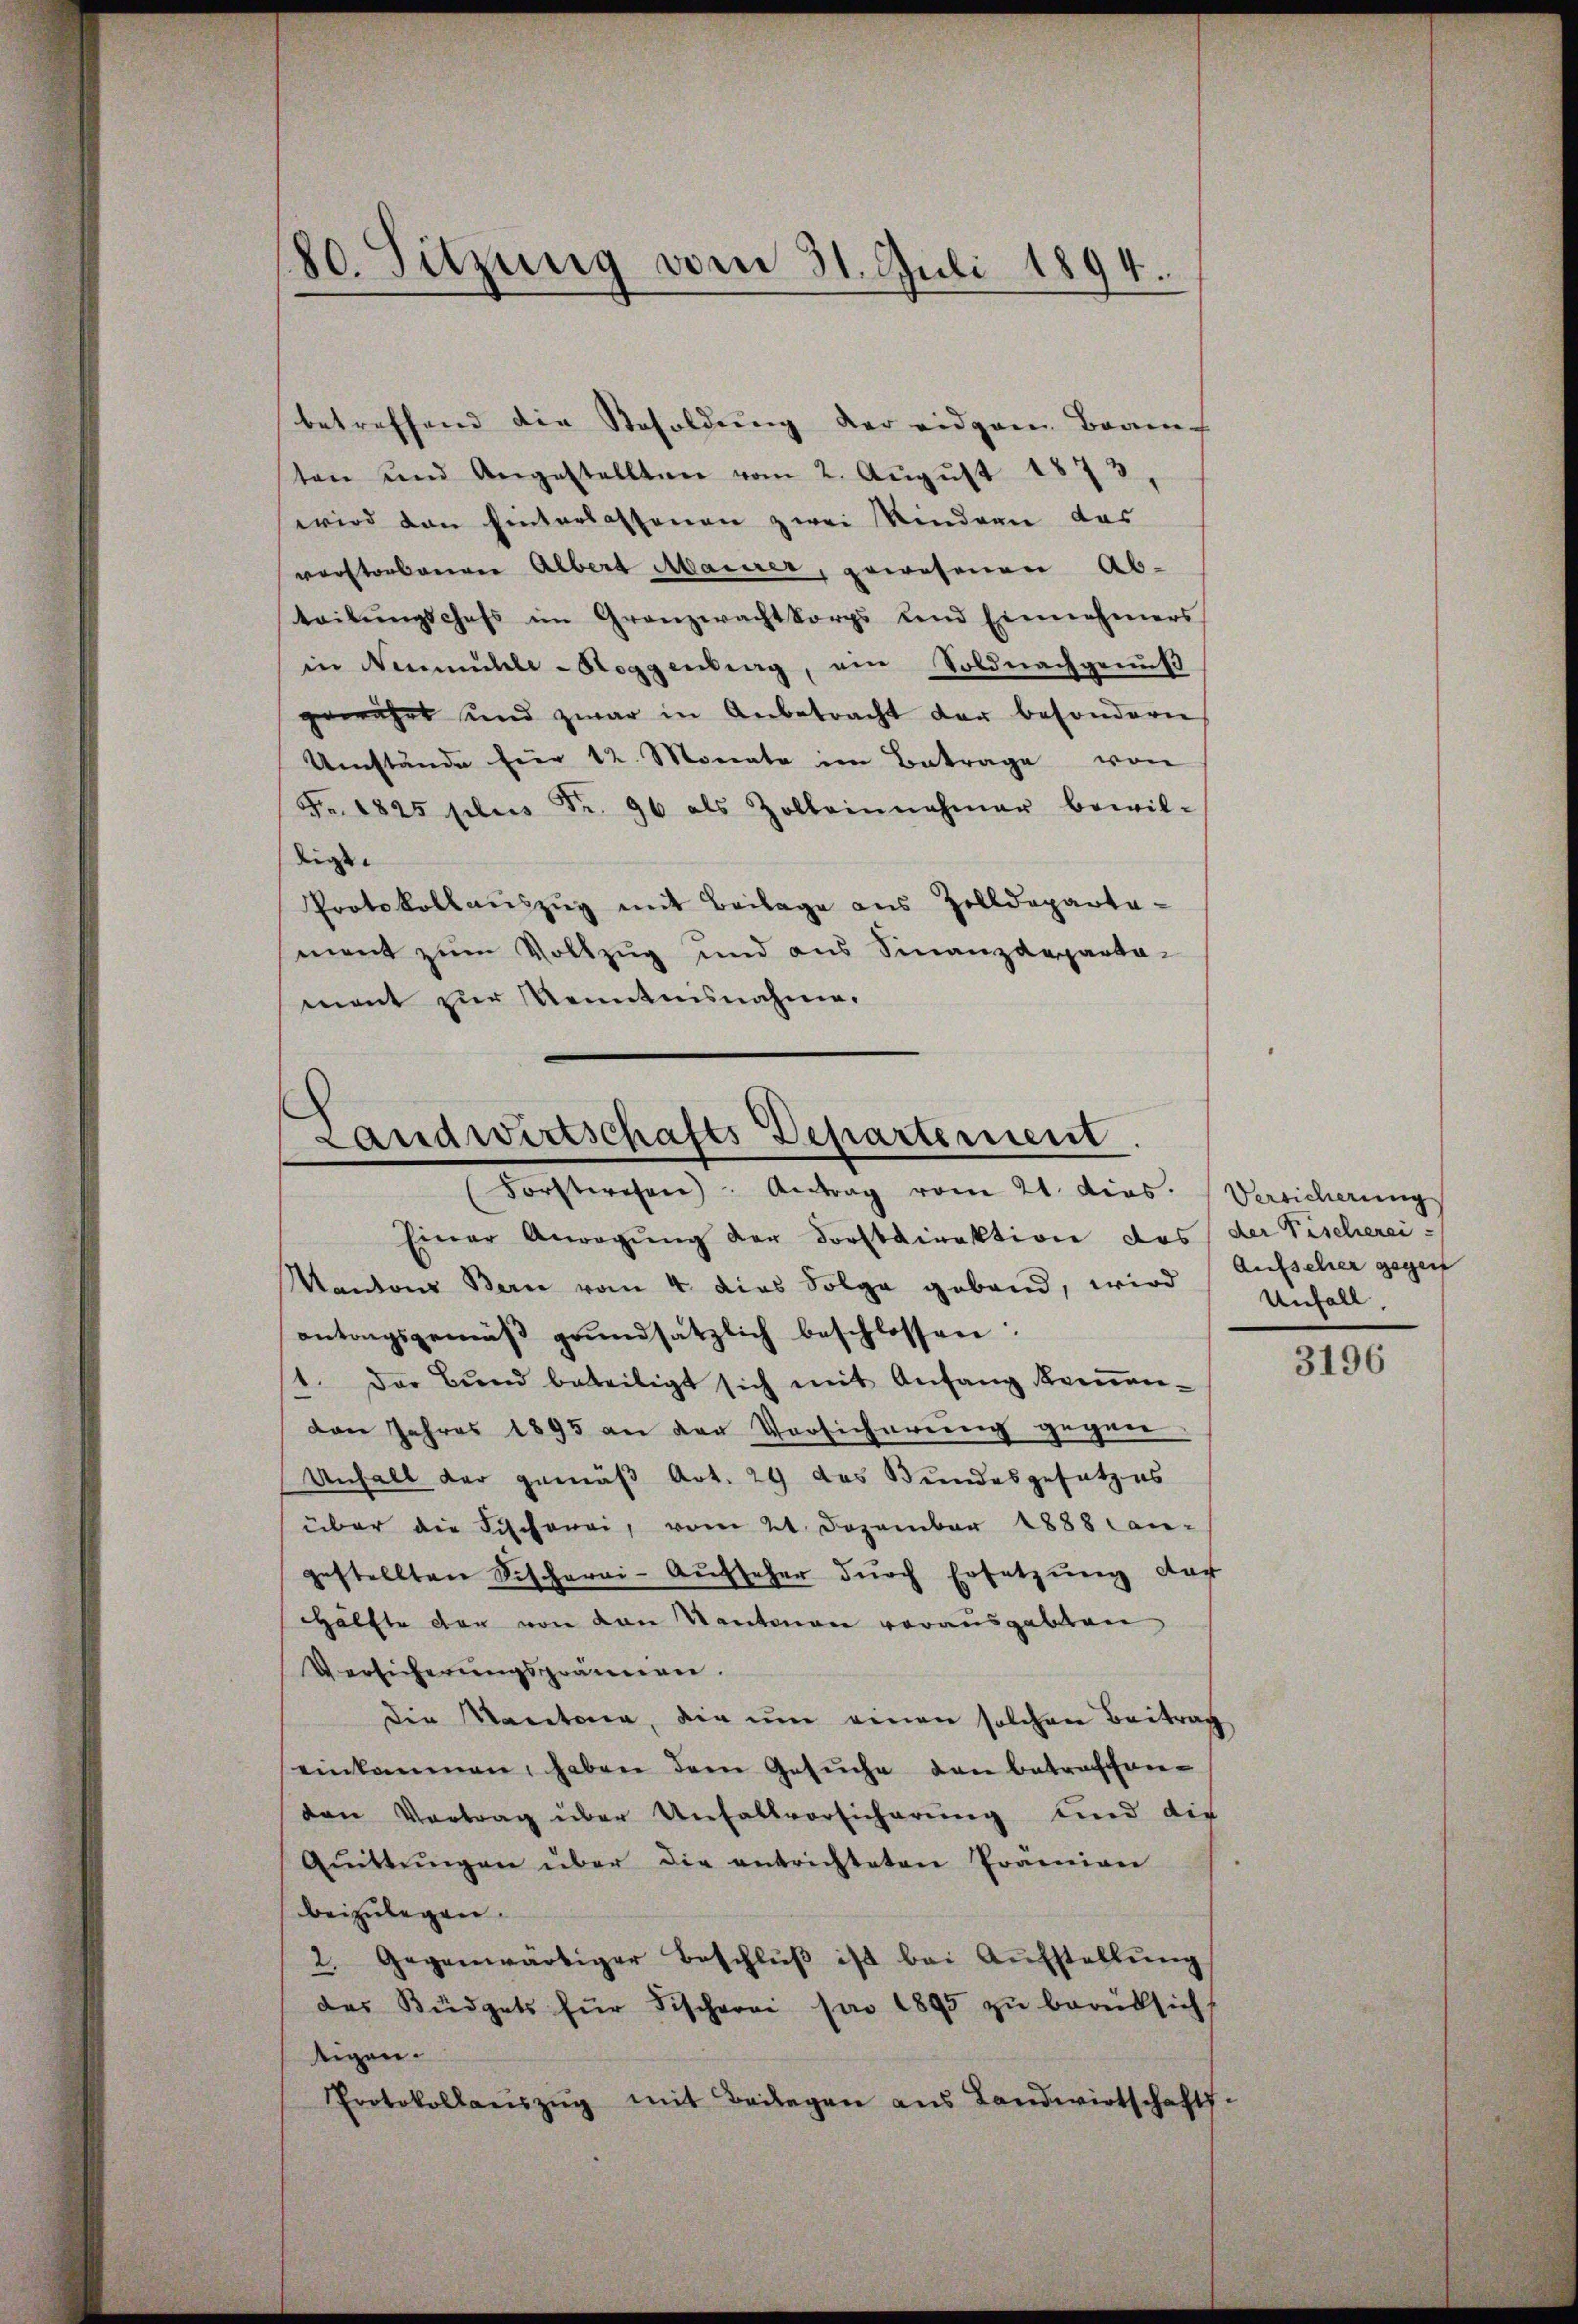
180. Sitzung vom 31. Juli 1894.

betreffend die Resoldŭng der eidgen. Bran-
ten und Angestellten vom 2. Aŭgŭst 1873
wird den hinterlassenen zwei Rindern das
verstorbenen Albert Marier, gewesenen Ab-
teilŭngschefs im Granzwachtkorps und Einnehmers
in Neumühle-Hoggenberg, ein Soldnachgenuß
gewährt und zwar in Anbetracht der besondern
Umstände fier 12. Monate im Betrage von
Fr. 1825 plus Fr. 96 als Zolleinnahmer bewil-
digen |
Protokollaŭszŭg mit Beilage aus Zolldeparta-
ment zum Vollzug und aus Finanzdeparta-
ment zur Kenntnisnahme.

Landwirtschafts Departement
Forstwesen Antrag vom 21. dies. Versicherungs

Einer Anregŭng der Forstdirektion des der Fischerei-
Mantone Bern vom 4. dies Folge geband, wird
antragsgemäβ grŭndsätzlich beschlossen:
1. Der Bŭnd beteiligt sich mit Anfang komen-
den Jahres 1895 an der Versicherung gegen
Unfall der gemäß Art. 29 das Bundesgesetzes
über die Fischerei, vom 21. Dezember 1888 can-
gestellten Schcharai- Aufseher durch Ersetzung dar
Hälfte der von von Kantonen vorausgabten
Versicherungsprämien.
die Kantona, die um einen solchen Beitrag
einkommen haben dem Gesŭche den betreffen-
den Vortrag über Unfallvorsicherung und die
Aŭttŭngen über die entrichteten Prämien
beizulegen.
2. Gegenwärtiger Beschlŭβ ist bei Aŭfstellŭng
des Büdgets für Fischerei son 1895 zŭ berüksicht
tigen.
mit Beilagen aus Landwirtschaft.
Protokollauszug

Aufseher gegen
Unfall,

3196